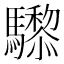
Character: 𱄸